Report on vaccination North-West Frontier Province 1904-1922 - 1904-1922
Year: 1904
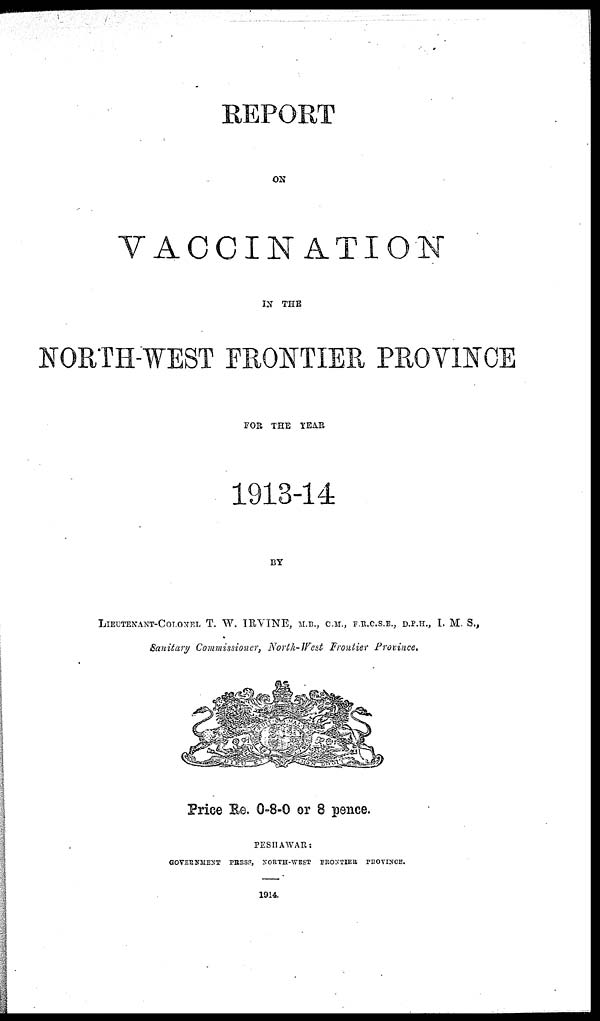
REPORT
ON
VACCINATION
IN THE
NORTH-WEST FRONTIER PROVINCE
FOR THE YEAR
1913-14
BY
LIEUTENANT-COLONEL T. W. IRVINE, M.B., C.M., F.R.C.S.E., D.P.H., I. M. S.,
Sanitary Commissioner, North-West Frontier Province.
Price Re. 0-8-0 or 8 pence.
PESHAWAR:
GOVERNMENT
PRESS, NORTH-WEST
FRONTIER
PROVINCE.
1914.